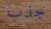
جذب